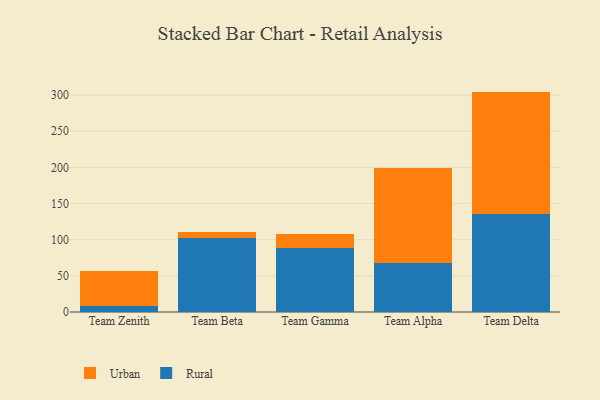
{"axis": {"x": "Team", "y": "Customer Acquisition Cost (USD)"}, "legend": ["Rural", "Urban"], "data": [{"x": "Team Zenith", "y": 8.9, "type": "Rural"}, {"x": "Team Zenith", "y": 47.2, "type": "Urban"}, {"x": "Team Beta", "y": 102.0, "type": "Rural"}, {"x": "Team Beta", "y": 9.1, "type": "Urban"}, {"x": "Team Gamma", "y": 88.6, "type": "Rural"}, {"x": "Team Gamma", "y": 19.1, "type": "Urban"}, {"x": "Team Alpha", "y": 68.4, "type": "Rural"}, {"x": "Team Alpha", "y": 130.9, "type": "Urban"}, {"x": "Team Delta", "y": 135.4, "type": "Rural"}, {"x": "Team Delta", "y": 169.4, "type": "Urban"}]}